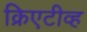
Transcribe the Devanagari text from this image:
क्रिएटीव्ह